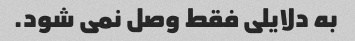
به دلایلی فقط وصل نمی شود.